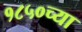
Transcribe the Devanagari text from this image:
१८५०च्या